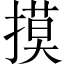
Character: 摸